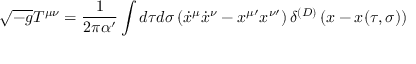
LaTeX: \sqrt { - g } T ^ { \mu \nu } = \frac { 1 } { 2 \pi \alpha ^ { \prime } } \int d \tau d \sigma \left( { \dot { x } } ^ { \mu } { \dot { x } } ^ { \nu } - x ^ { \mu \prime } x ^ { \nu \prime } \right) \delta ^ { ( D ) } \left( x - x ( \tau , \sigma ) \right)